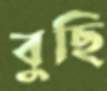
বুছি